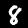
Label: 8